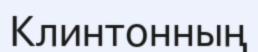
Клинтонның